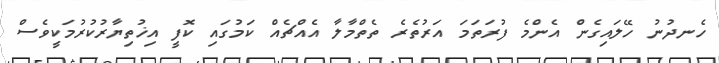
ހެނދުނު ހޭލައިގެން އެންމެ ފުރަތަމަ އަރުތެރެ ތެތްމާލާ އެއްޗެއް ކަމުގައި ކޮފީ އިޚުތިޔާރުކުރުމަކީވެސް